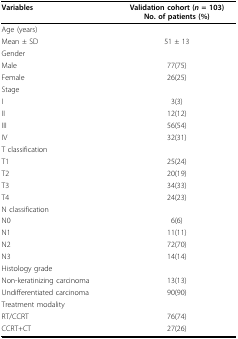
<table><thead><tr><td><b>Variables</b></td><td><b>Validation cohort (<i>n </i>= 103)No. of patients (%)</b></td></tr></thead><tbody><tr><td>Age (years)</td><td></td></tr><tr><td>Mean ± SD</td><td>51 ± 13</td></tr><tr><td>Gender</td><td></td></tr><tr><td>Male</td><td>77(75)</td></tr><tr><td>Female</td><td>26(25)</td></tr><tr><td>Stage</td><td></td></tr><tr><td>I</td><td>3(3)</td></tr><tr><td>II</td><td>12(12)</td></tr><tr><td>III</td><td>56(54)</td></tr><tr><td>IV</td><td>32(31)</td></tr><tr><td>T classification</td><td></td></tr><tr><td>T1</td><td>25(24)</td></tr><tr><td>T2</td><td>20(19)</td></tr><tr><td>T3</td><td>34(33)</td></tr><tr><td>T4</td><td>24(23)</td></tr><tr><td>N classification</td><td></td></tr><tr><td>N0</td><td>6(6)</td></tr><tr><td>N1</td><td>11(11)</td></tr><tr><td>N2</td><td>72(70)</td></tr><tr><td>N3</td><td>14(14)</td></tr><tr><td>Histology grade</td><td></td></tr><tr><td>Non-keratinizing carcinoma</td><td>13(13)</td></tr><tr><td>Undifferentiated carcinoma</td><td>90(90)</td></tr><tr><td>Treatment modality</td><td></td></tr><tr><td>RT/CCRT</td><td>76(74)</td></tr><tr><td>CCRT+CT</td><td>27(26)</td></tr></tbody></table>